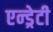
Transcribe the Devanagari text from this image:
एन्ड्रेटी